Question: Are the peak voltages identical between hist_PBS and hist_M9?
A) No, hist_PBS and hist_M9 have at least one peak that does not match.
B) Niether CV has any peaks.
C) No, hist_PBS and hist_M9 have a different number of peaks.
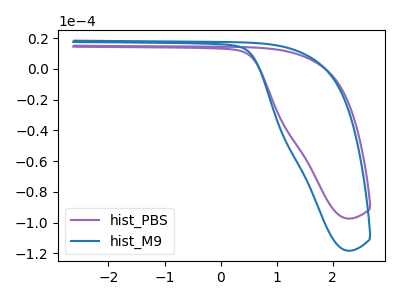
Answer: <think>The purple curve "hist_PBS" has no peaks. The blue curve "hist_M9" has no peaks.</think>
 <answer>B) Niether CV has any peaks.</answer>
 <eval>B</eval>